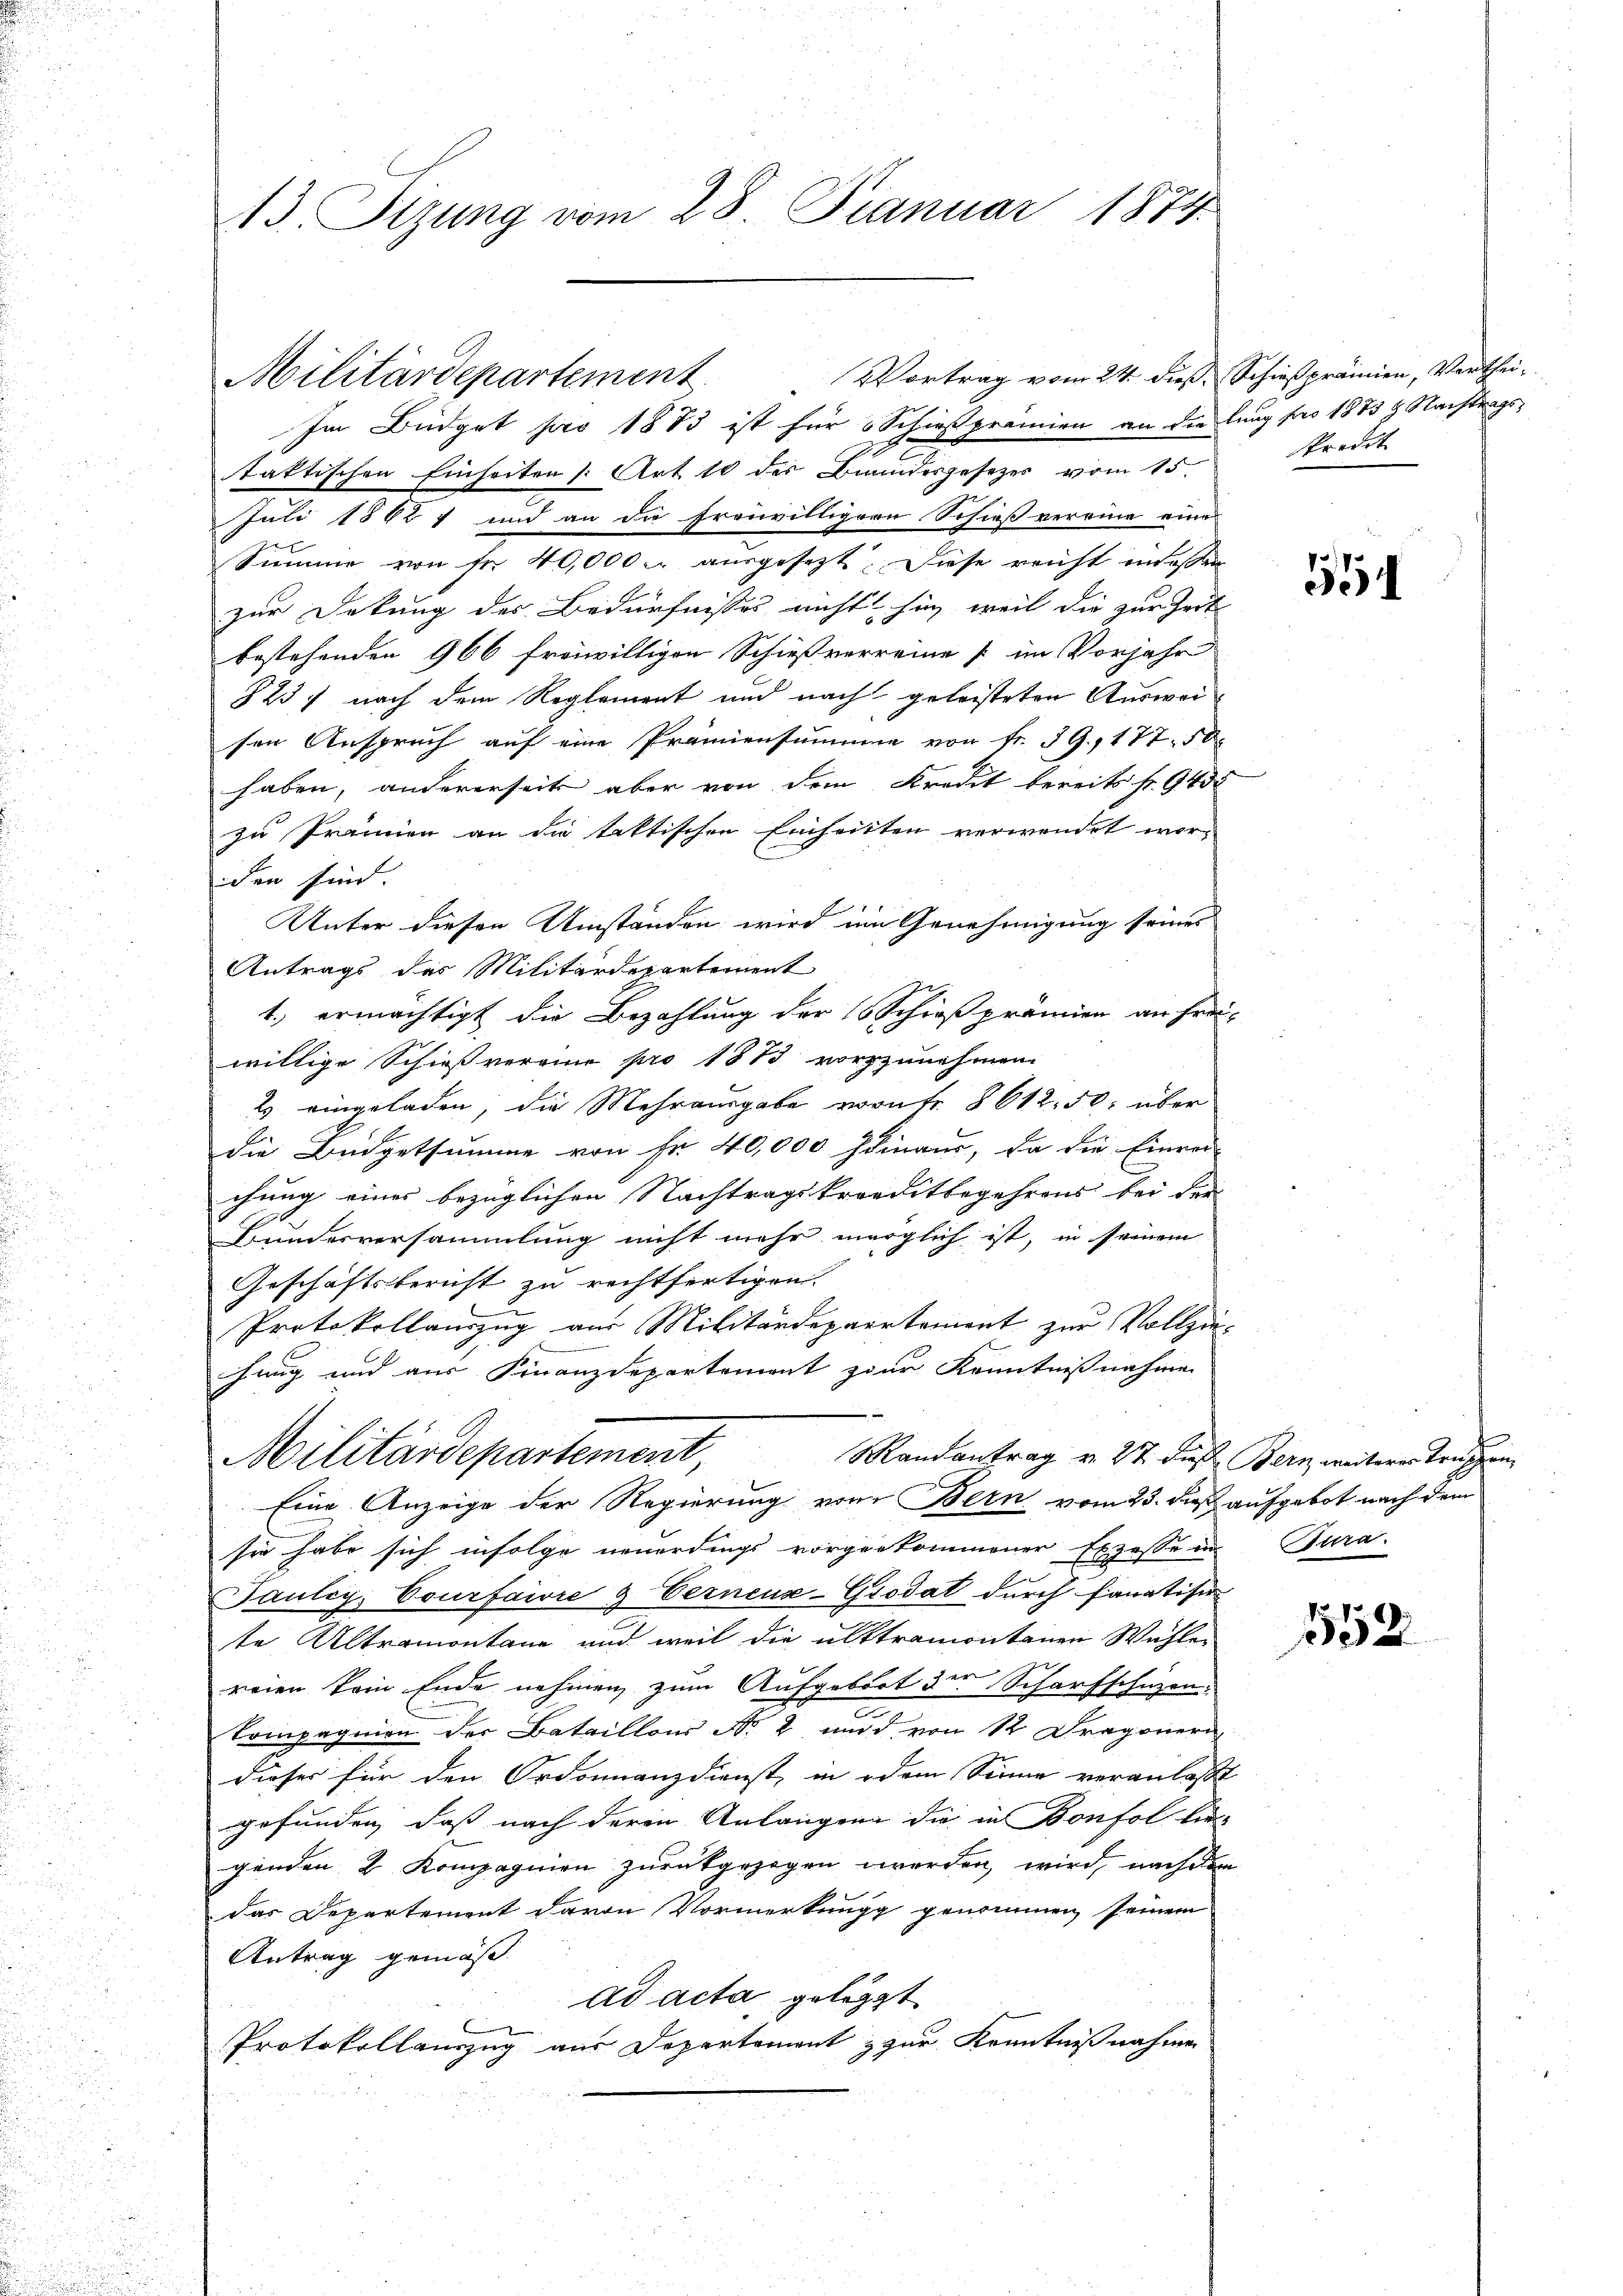
13. Sizung vom 28. Januar 1874.

Militärdepartement

Vortrag vom 24. dieß, Schießprämien, Verthei¬
Im Büdget pro 1883 ist für Schießprämien an die lang pro 1883 g. Nachtrags
taktischen Einheiten [Art. 10 des Bundesgesezes vom 15.
Juli 1862 1 und an die freiwilligern Schieß vereine eine
Summe von fr. 40,000. ausgesezt. Diese reicht indessen
zur Dekung des Bedürfnisses nicht hin, weil die zur Zeit
bestehenden 966 freiwilligen Schießverreine & im Vorjahr
§23) nach dem Reglement und nach geleisteten Ausweisen Anspruch auf eine Prämiensumme von fr. 39, 177. 50
haben, andererseits aber von dem Kredit bereits fr. 943
zu Prämien an die taktischen Einheitten verwendet worden sind.
Unter diesen Umständen wird im Genehmigung seines
Antrags des Militärdepartement
1.) ermächtigt die Bezahlung der 10 Schröß prämien an Frei-
willige Schießvereine pro 1873 vorzunehmen
2 eingeladen, die Mehrausgabe von fr. 8612. 50. über
die Büdgetsumme von Fr. 40,000 hinaus, da die Einrei-
chung eines bezüglichen Nachtragskreditbegehrens bei der
Bundesversammlung nicht mehr merglich ist, in seinem
Geschäftsbericht zu rechtfertigen.
Protokollauszug aus Militärdepartement zur Vollziehung und aus Finanzdepartement zur Kenntnißnahme
Militärdepartement,
Mandantrag v. 27. dieß Bern weiterer Truppen,
Eine Anzeige der Regierung vom Bern vom 23. daß aufgebot nach dem
sie habe sich infolge neuerdings vorgenkommener Exzesse in Tura-
Pauley, Courfaire & Eernenz-Grodat durch fanatisie
te Altramontane und weil die ulktramontanen Wahle
reien kein Ende nehmen zum Aufgebort der Scharfschüzen:
c
Compagnien der Bataillons No. 2 und von 12 Dragonern
dieser für den Ordonnanzdienst, in dem Sinne veranlasst
gefunden, daß nach deren Anlangen die in Bonfol lie
genden 2 Kompagnien zurückgezogen worden, wird, nachdem
das Departement davon Vormerkungg genommen seinem
Antrag gemäß
ad acta gelegt
Protokollauszug aus Departement & zur Kenntnißnahmen

predit

152